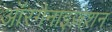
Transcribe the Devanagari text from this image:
ऑरगैनाइज़ेशन